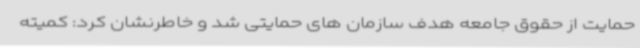
حمایت از حقوق جامعه هدف سازمان های حمایتی شد و خاطرنشان کرد: کمیته